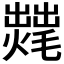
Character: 𱬣